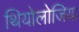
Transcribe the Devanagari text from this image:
थियोलोजिया